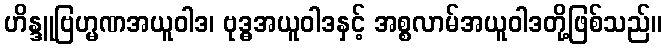
ဟိန္ဒူဗြဟ္မဏအယူဝါဒ၊ ဗုဒ္ဓအယူဝါဒနှင့် အစ္စလာမ်အယူဝါဒတို့ဖြစ်သည်။